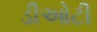
ડીઓટી